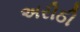
અરીઠી